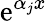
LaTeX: \mathrm{e}^{\alpha_{j}x}